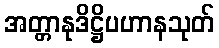
အတ္တာနုဒိဋ္ဌိပဟာနသုတ်